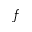
f